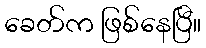
ခေတ်က ဖြစ်နေပြီ။